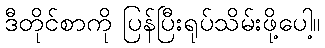
ဒီတိုင်စာကို ပြန်ပြီးရုပ်သိမ်းဖို့ပေါ့။